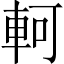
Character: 軻